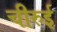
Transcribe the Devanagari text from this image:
चीरुई